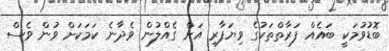
ބޮޑުވުމަކީ ބައެއް ފަރާތްތަކުގެ ވިޔަފާރި އަށް ގެއްލުން ވެދާނެ ކަމަކަށް ވުން ވެސް